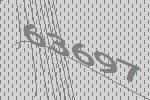
63697